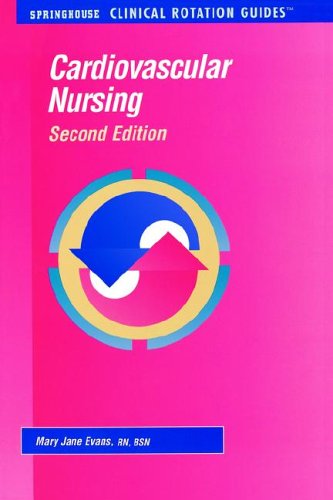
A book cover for Cardiovascular Nursing (Clinical Rotation Guides); Mary Jane Evans; Medical Books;